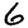
Digit: 6